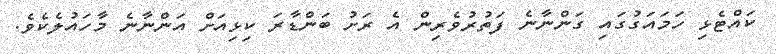
ކައްޓެޅި ހަމައަގުގައި ގަންނާނެ ފަތުރުވެރިން އެ ރަށު ބަންޑާރަ ކިޅިއަށް އަންނާނެ މާހައުލެކެވެ.